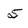
Character: 5